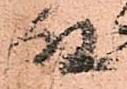
殿